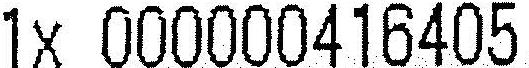
1X 000000416405